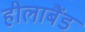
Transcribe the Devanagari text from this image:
हीलाबैंड